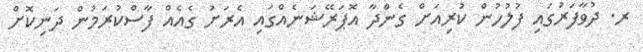
ރ. ދުވާފަރުގައި ފުލުހުން ކުރިއަށް ގެންދާ އޮޕަރޭޝަނެއްގައި އެރަށު ގެއެއް ފާސްކުރަމުން ދަނިކޮށް